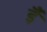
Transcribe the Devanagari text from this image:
ईँ